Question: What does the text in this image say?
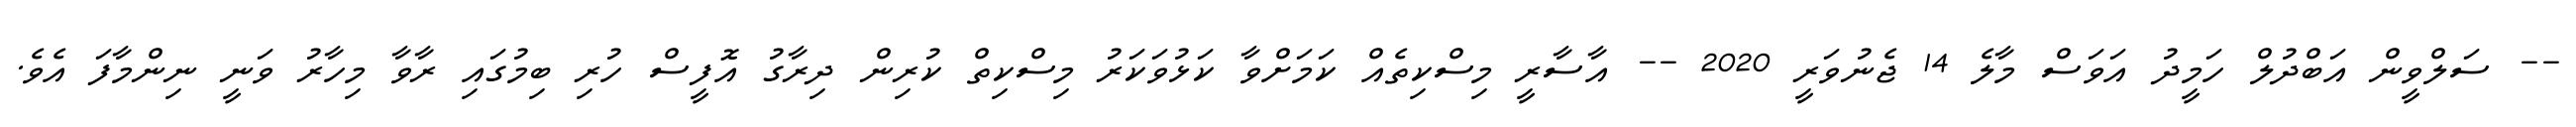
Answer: -- ސަލްވީން އަބްދުލް ހަމީދު އަވަސް މާލެ 14 ޖެނުވަރީ 2020 -- އާސާރީ މިސްކިތެއް ކަމަށްވާ ކަޅުވަކަރު މިސްކިތް ކުރިން ދިރާގު އޮފީސް ހުރި ބިމުގައި ރާވާ މިހާރު ވަނީ ނިންމާފަ އެވެ.